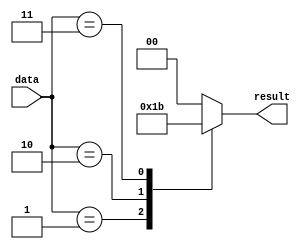
module unique_case(
    input [3:0] data,
    output reg [1:0] result
);

always @(*) begin
    case(data)
        4'd0: result = 2'b00;
        4'd1: result = 2'b01;
        4'd2: result = 2'b10;
        4'd3: result = 2'b11;
        default: result = 2'b00;
    endcase
end

endmodule